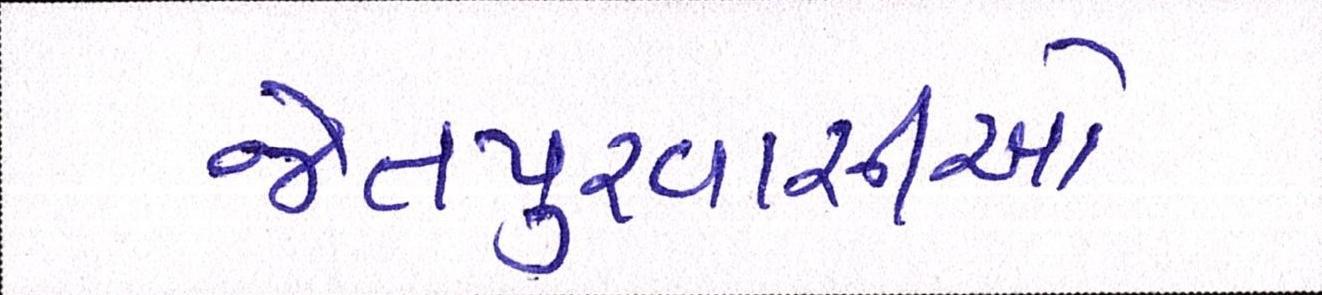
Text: જેતપુરવાસીઓ